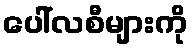
ပေါ်လစီများကို